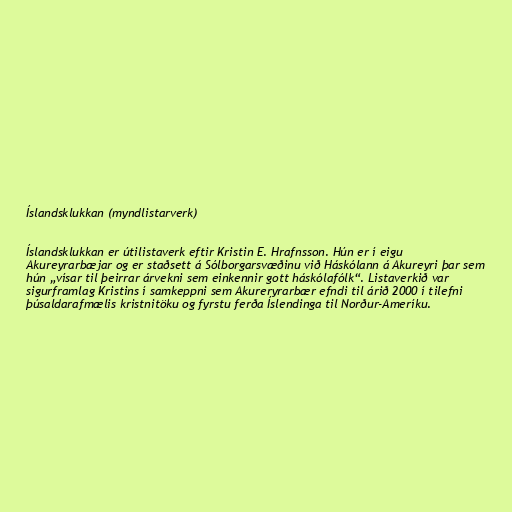
Íslandsklukkan (myndlistarverk)

Íslandsklukkan er útilistaverk eftir Kristin E. Hrafnsson. Hún er í eigu
Akureyrarbæjar og er staðsett á Sólborgarsvæðinu við Háskólann á Akureyri þar sem
hún „vísar til þeirrar árvekni sem einkennir gott háskólafólk“. Listaverkið var
sigurframlag Kristins í samkeppni sem Akureryrarbær efndi til árið 2000 í tilefni
þúsaldarafmælis kristnitöku og fyrstu ferða Íslendinga til Norður-Ameríku.